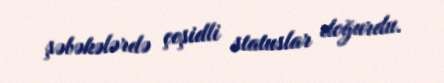
şəbəkələrdə çeşidli statuslar doğurdu.